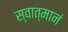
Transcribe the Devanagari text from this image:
स्वात्मानं